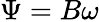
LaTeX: \Psi=B\omega